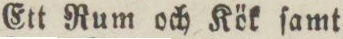
Ett Rum och Kök ſamt